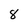
Character: 8